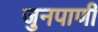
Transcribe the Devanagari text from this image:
जुनपाणी